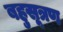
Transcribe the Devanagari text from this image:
बहुसूत्रण